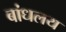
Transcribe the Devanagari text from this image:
बांधलय